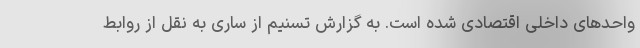
واحدهای داخلی اقتصادی شده است. به گزارش تسنیم از ساری به نقل از روابط